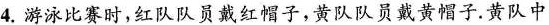
4.游泳比赛时，红队队员戴红帽子，黄队队员戴黄帽子。黄队中